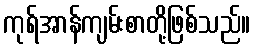
ကုရ်အာန်ကျမ်းစာတို့ဖြစ်သည်။